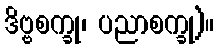
ဒိဗ္ဗစက္ခု၊ ပညာစက္ခု)။